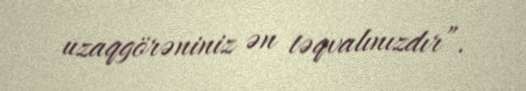
uzaqgörəniniz ən təqvalınızdır”.